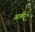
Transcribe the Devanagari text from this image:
आर्बर्